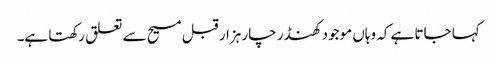
کہا جاتا ہے کہ وہاں موجود کھنڈر چار ہزار قبل مسیح سے تعلق رکھتا ہے۔